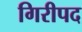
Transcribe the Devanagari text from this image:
गिरीपद